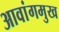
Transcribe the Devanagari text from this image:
आवांगमुख